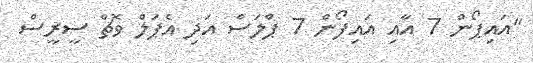
"އައިޕޯން 7 އާއި އައިފޯން 7 ޕްލަސް އަދި އެޕަލް ވޮޗް ސީރީސް